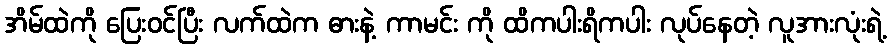
အိမ်ထဲကို ပြေးဝင်ပြီး လက်ထဲက ဓားနဲ့ ကာမင်း ကို ထိကပါးရိကပါး လုပ်နေတဲ့ လူအားလုံးရဲ့